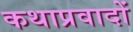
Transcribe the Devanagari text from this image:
कथाप्रवादों